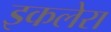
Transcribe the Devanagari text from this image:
इकलेरा